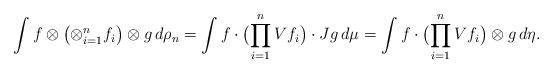
LaTeX: \begin{align*}\int f\otimes\bigl(\otimes_{i=1}^n f_i\bigr)\otimes g\,d\rho_n=\int f\cdot \bigl(\prod_{i=1}^n Vf_i\bigr)\cdot Jg\,d\mu=\int f\cdot \bigl(\prod_{i=1}^n Vf_i\bigr)\otimes g\,d\eta.\end{align*}